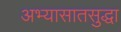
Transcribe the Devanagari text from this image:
अभ्यासातसुद्धा